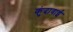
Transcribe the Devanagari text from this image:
कुंदावाई